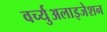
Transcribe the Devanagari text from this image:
वर्च्युअलाइजेशन